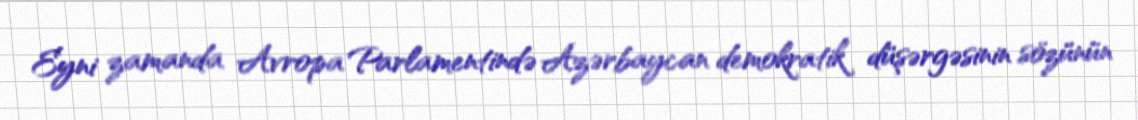
Eyni zamanda Avropa Parlamentində Azərbaycan demokratik düşərgəsinin sözünün